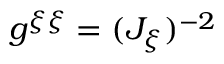
g ^ { \xi \xi } = ( J _ { \xi } ) ^ { - 2 }